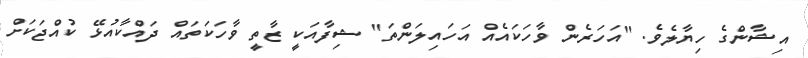
އިޝާންގެ ހިޔާލެވެ. "އަހަރެން ވާހަކައެއް އަހައިލަންތަ" ޝިފާއަކީ ޒާތީ ވާހަކަތައް ދައްކާއުޅޭ ކުއްޖަކަށް